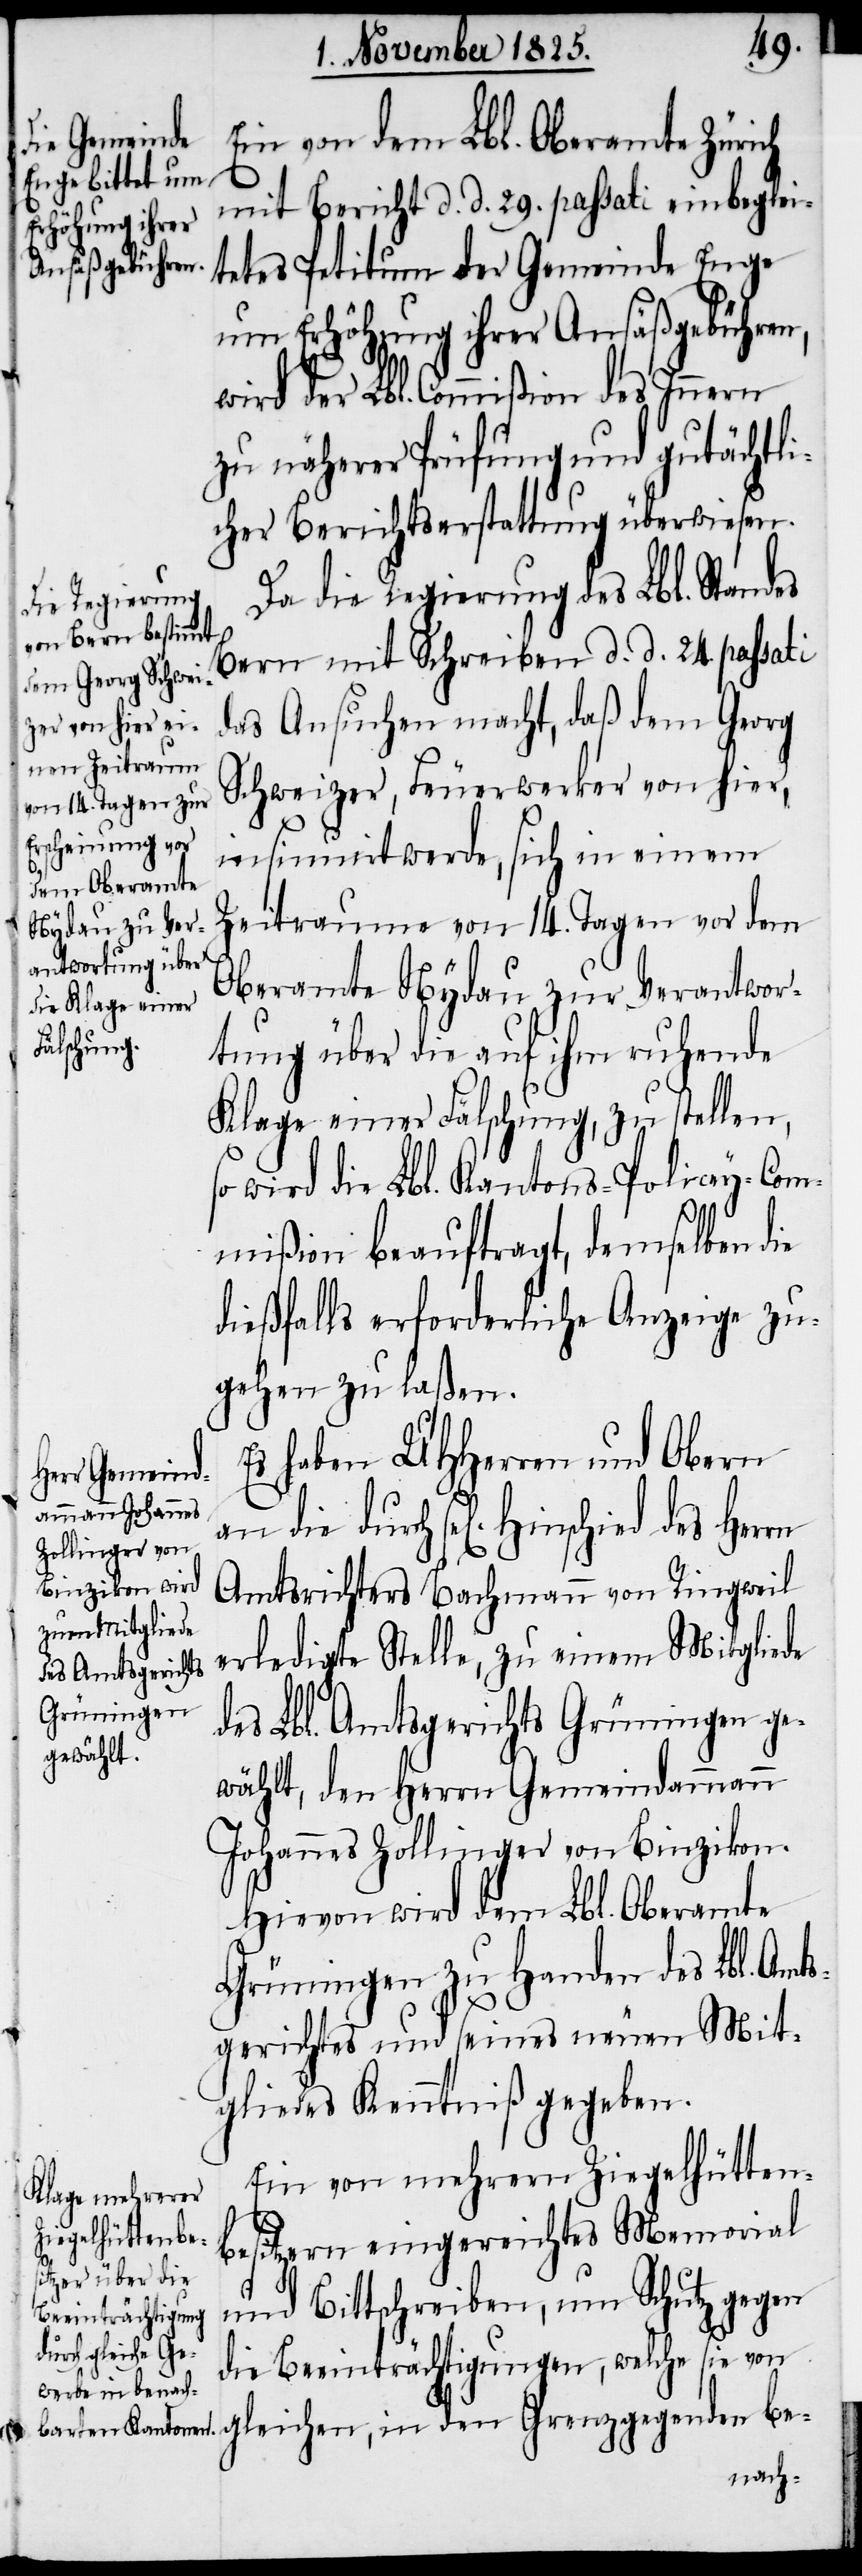
Ein von dem Lbl. Oberamte Zürich
mit Bericht d. d. 29. passati einbeglei¬
tetes Petitum der Gemeinde Enge
um Erhöhung ihrer Ansäßgebühren,
wird der Lbl. Commißion des Innern
zu näherer Prüfung und gutächtli¬
chen Berichtserstattung überwiesen.
Da die Regierung des Lbl. Standes
Bern mit Schreiben d. d. 24. passati
das Ansuchen macht, daß dem Georg
Schweizer, Feuerwerker von hier,
insinuirt werde, sich in einem
Zeitraume von 14. Tagen vor dem
Oberamte Nydau zur Verantwor¬
tung über die auf ihm ruhende
Klage einer Fälschung, zu stellen,
so wird die Lbl. Kantons-Policey-Com¬
mißion beauftragt, demselben die
dießfalls erforderliche Anzeige zu¬
gehen zu laßen.
Es haben UHHerren und Obern
an die durch se[ligen] Hinschied
Amtsrichters Bachmann von Ringweil
erledigte Stelle, zu einem Mitgliede
des Lbl. Amtsgerichts Grüningen ge¬
wählt, den Herrn Gemeindammann
Johannes Zollinger von Binzikon.
Hievon wird dem Lbl. Oberamte
Grüningen zu Handen des Lbl. Amt¬
sgerichtes und seines neuen Mit¬
gliedes Kenntniß gegeben.
Ein von mehrern Ziegelhütten¬
besitzern eingereichtes Memorial
und Bittschreiben, um Schutz gegen
die Beeinträchtigungen, welche sie von
gleichen, in den Grenzgegenden be-